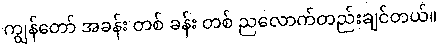
ကျွန်တော် အခန်း တစ် ခန်း တစ် ညလောက်တည်းချင်တယ်။